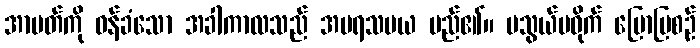
အာပတ်ကို ဝန်ခံသော အခါကာလသည် အပရသမယ မည်၏။ မသွယ်မဝိုက် ပြောပြစဉ်